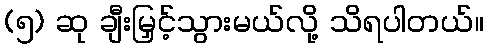
(၅) ဆု ချီးမြှင့်သွားမယ်လို့ သိရပါတယ်။